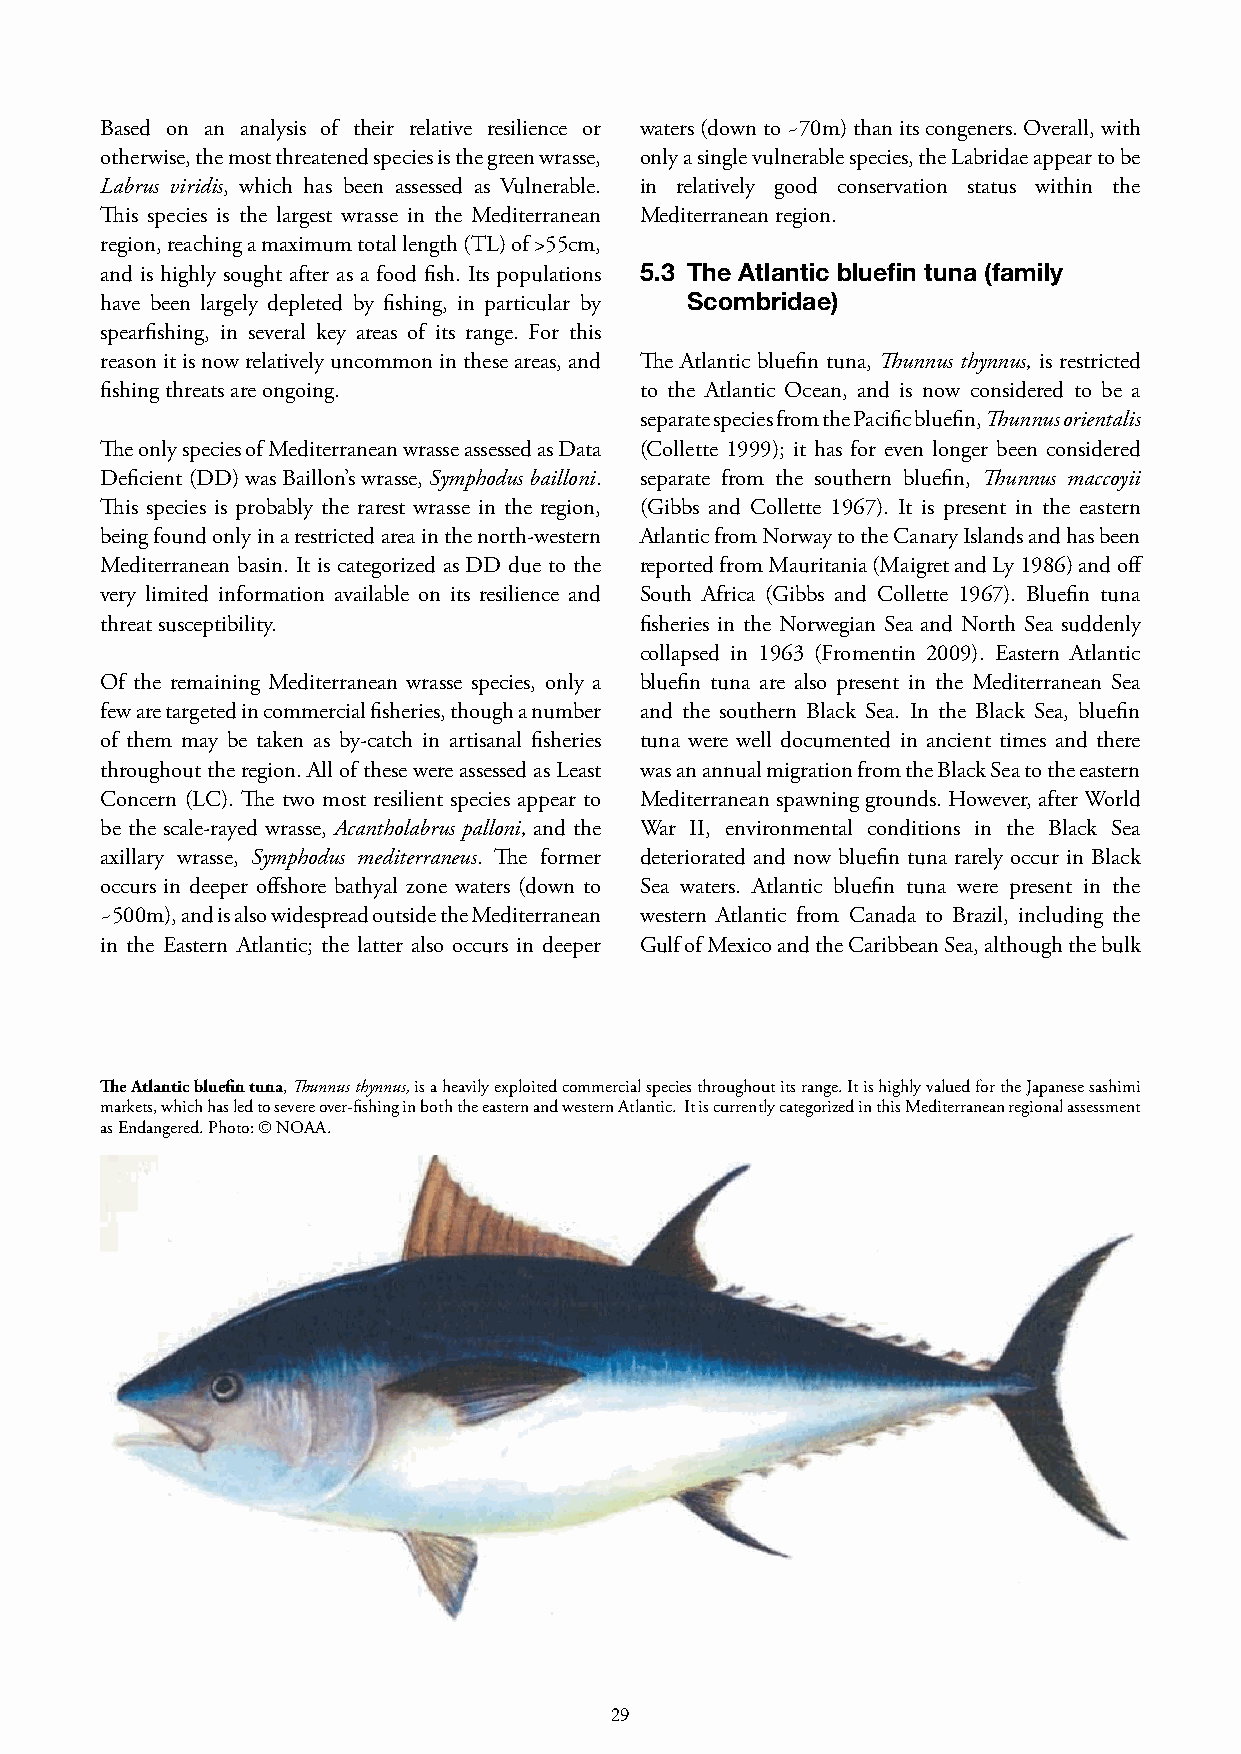
Based on an analysis of their relative resilience or waters (down to ~70m) than its congeners. Overall, with
 otherwise, the most threatened species is the green wrasse, only a single vulnerable species, the Labridae appear to be
 Labrus viridis, which has been assessed as Vulnerable. in relatively good conservation status within the
 This species is the largest wrasse in the Mediterranean Mediterranean region.
 region, reaching a maximum total length (TL) of >55cm,
 and is highly sought after as a food fish. Its populations 5.3 The Atlantic bluefin tuna (family
 have been largely depleted by fishing, in particular by Scombridae)
 spearfishing, in several key areas of its range. For this
 reason it is now relatively uncommon in these areas, and The Atlantic bluefin tuna, Thunnus thynnus, is restricted
 fishing threats are ongoing.       to the Atlantic Ocean, and is now considered to be a
 separate species from the Pacific bluefin, Thunnus orientalis
 The only species of Mediterranean wrasse assessed as Data (Collette 1999); it has for even longer been considered
 Deficient (DD) was Baillon’s wrasse, Symphodus bailloni. separate from the southern bluefin, Thunnus maccoyii
 This species is probably the rarest wrasse in the region, (Gibbs and Collette 1967). It is present in the eastern
 being found only in a restricted area in the north-western Atlantic from Norway to the Canary Islands and has been
 Mediterranean basin. It is categorized as DD due to the reported from Mauritania (Maigret and Ly 1986) and off
 very limited information available on its resilience and South Africa (Gibbs and Collette 1967). Bluefin tuna
 threat susceptibility.             fisheries in the Norwegian Sea and North Sea suddenly
 collapsed in 1963 (Fromentin 2009). Eastern Atlantic
 Of the remaining Mediterranean wrasse species, only a bluefin tuna are also present in the Mediterranean Sea
 few are targeted in commercial fisheries, though a number and the southern Black Sea. In the Black Sea, bluefin
 of them may be taken as by-catch in artisanal fisheries tuna were well documented in ancient times and there
 throughout the region. All of these were assessed as Least was an annual migration from the Black Sea to the eastern
 Concern (LC). The two most resilient species appear to Mediterranean spawning grounds. However, after World
 be the scale-rayed wrasse, Acantholabrus palloni, and the War II, environmental conditions in the Black Sea
 axillary wrasse, Symphodus mediterraneus. The former deteriorated and now bluefin tuna rarely occur in Black
 occurs in deeper offshore bathyal zone waters (down to Sea waters. Atlantic bluefin tuna were present in the
 ~500m), and is also widespread outside the Mediterranean western Atlantic from Canada to Brazil, including the
 in the Eastern Atlantic; the latter also occurs in deeper Gulf of Mexico and the Caribbean Sea, although the bulk
 The Atlantic bluefin tuna, Thunnus thynnus, is a heavily exploited commercial species throughout its range. It is highly valued for the Japanese sashimi
 markets, which has led to severe over-fishing in both the eastern and western Atlantic. It is currently categorized in this Mediterranean regional assessment
 as Endangered. Photo: © NOAA.
 29                                                                                 30